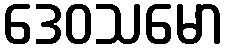
ဒေဝသမော